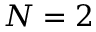
N = 2